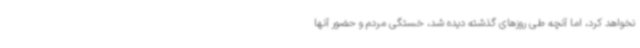
نخواهد کرد، اما آنچه طی روزهای گذشته دیده شد، خستگی مردم و حضور آنها